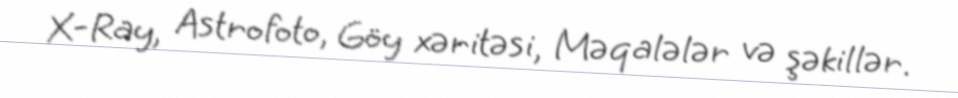
X-Ray, Astrofoto, Göy xəritəsi, Məqalələr və şəkillər.